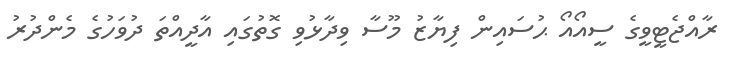
ރާއްޖެޓީވީގެ ސީއޯއޯ ޙުސައިން ފިޔާޒު މޫސާ ވިދާޅުވި ގޮތުގައި އާދީއްތަ ދުވަހުގެ މެންދުރު